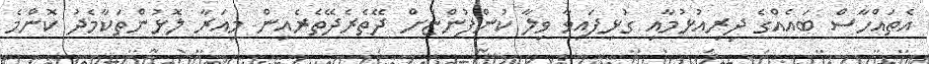
އެތައްހާސް ބައެއްގެ ދިރިއުޅުމާއި ގުޅިފައިވާ ވިލާ ކުންފުންޏަށް ދޭތެރެދޭތެރެއިން މިއަރާ ލޮޅުންތަކާމެދު ކޮންމެ